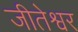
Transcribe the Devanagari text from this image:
जीतेश्वर